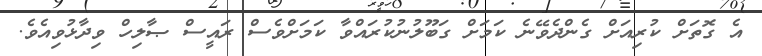
އެ ގޮތަށް ކުރިއަށް ގެންދެވޭނެ ކަމަށް ގަބޫލުނުކުރައްވާ ކަަމަށްވެސް ރައީސް ޞާލިހް ވިދާޅުވިއެވެ.